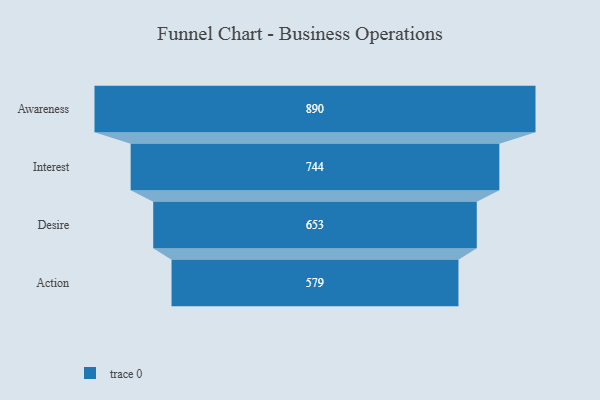
{"axis": {"x": "Stage", "y": "Value"}, "legend": [""], "data": [{"x": "Awareness", "y": 890.0, "type": ""}, {"x": "Interest", "y": 744.0, "type": ""}, {"x": "Desire", "y": 653.0, "type": ""}, {"x": "Action", "y": 579.0, "type": ""}]}